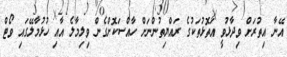
އޭނާ އިތުރަށް ވިދާޅުވީ އަތޮޅުތަކުގެ ރައްޔިތުންނަށް ހާއްސަކޮށްގެން ވިލިމާލެ އާއި ހުޅުމާލޭގައި ވޯޓް